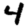
Digit: 4